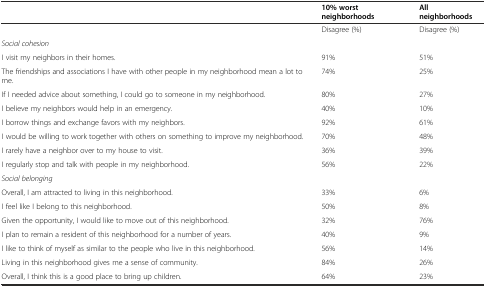
<table><thead><tr><td></td><td><b>10% worst neighborhoods</b></td><td><b>All neighborhoods</b></td></tr></thead><tbody><tr><td></td><td>Disagree (%)</td><td>Disagree (%)</td></tr><tr><td><i>Social cohesion</i></td><td></td><td></td></tr><tr><td>I visit my neighbors in their homes.</td><td>91%</td><td>51%</td></tr><tr><td>The friendships and associations I have with other people in my neighborhood mean a lot to me.</td><td>74%</td><td>25%</td></tr><tr><td>If I needed advice about something, I could go to someone in my neighborhood.</td><td>80%</td><td>27%</td></tr><tr><td>I believe my neighbors would help in an emergency.</td><td>40%</td><td>10%</td></tr><tr><td>I borrow things and exchange favors with my neighbors.</td><td>92%</td><td>61%</td></tr><tr><td>I would be willing to work together with others on something to improve my neighborhood.</td><td>70%</td><td>48%</td></tr><tr><td>I rarely have a neighbor over to my house to visit.</td><td>36%</td><td>39%</td></tr><tr><td>I regularly stop and talk with people in my neighborhood.</td><td>56%</td><td>22%</td></tr><tr><td><i>Social belonging</i></td><td></td><td></td></tr><tr><td>Overall, I am attracted to living in this neighborhood.</td><td>33%</td><td>6%</td></tr><tr><td>I feel like I belong to this neighborhood.</td><td>50%</td><td>8%</td></tr><tr><td>Given the opportunity, I would like to move out of this neighborhood.</td><td>32%</td><td>76%</td></tr><tr><td>I plan to remain a resident of this neighborhood for a number of years.</td><td>40%</td><td>9%</td></tr><tr><td>I like to think of myself as similar to the people who live in this neighborhood.</td><td>56%</td><td>14%</td></tr><tr><td>Living in this neighborhood gives me a sense of community.</td><td>84%</td><td>26%</td></tr><tr><td>Overall, I think this is a good place to bring up children.</td><td>64%</td><td>23%</td></tr></tbody></table>